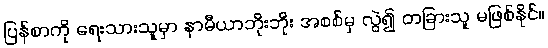
ပြန်စာကို ရေးသားသူမှာ နာမီယာဘိုးဘိုး အစစ်မှ လွဲ၍ တခြားသူ မဖြစ်နိုင်။